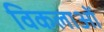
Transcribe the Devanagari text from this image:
विकलाओं